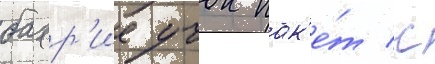
бахр'ие учок пак'е́т с